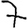
Digit: 7